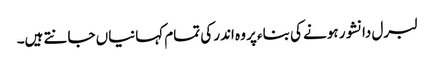
لبرل دانشور ہونے کی بناء پر وہ اندر کی تمام کہانیاں جانتے ہیں۔